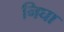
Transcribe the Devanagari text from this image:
निघा